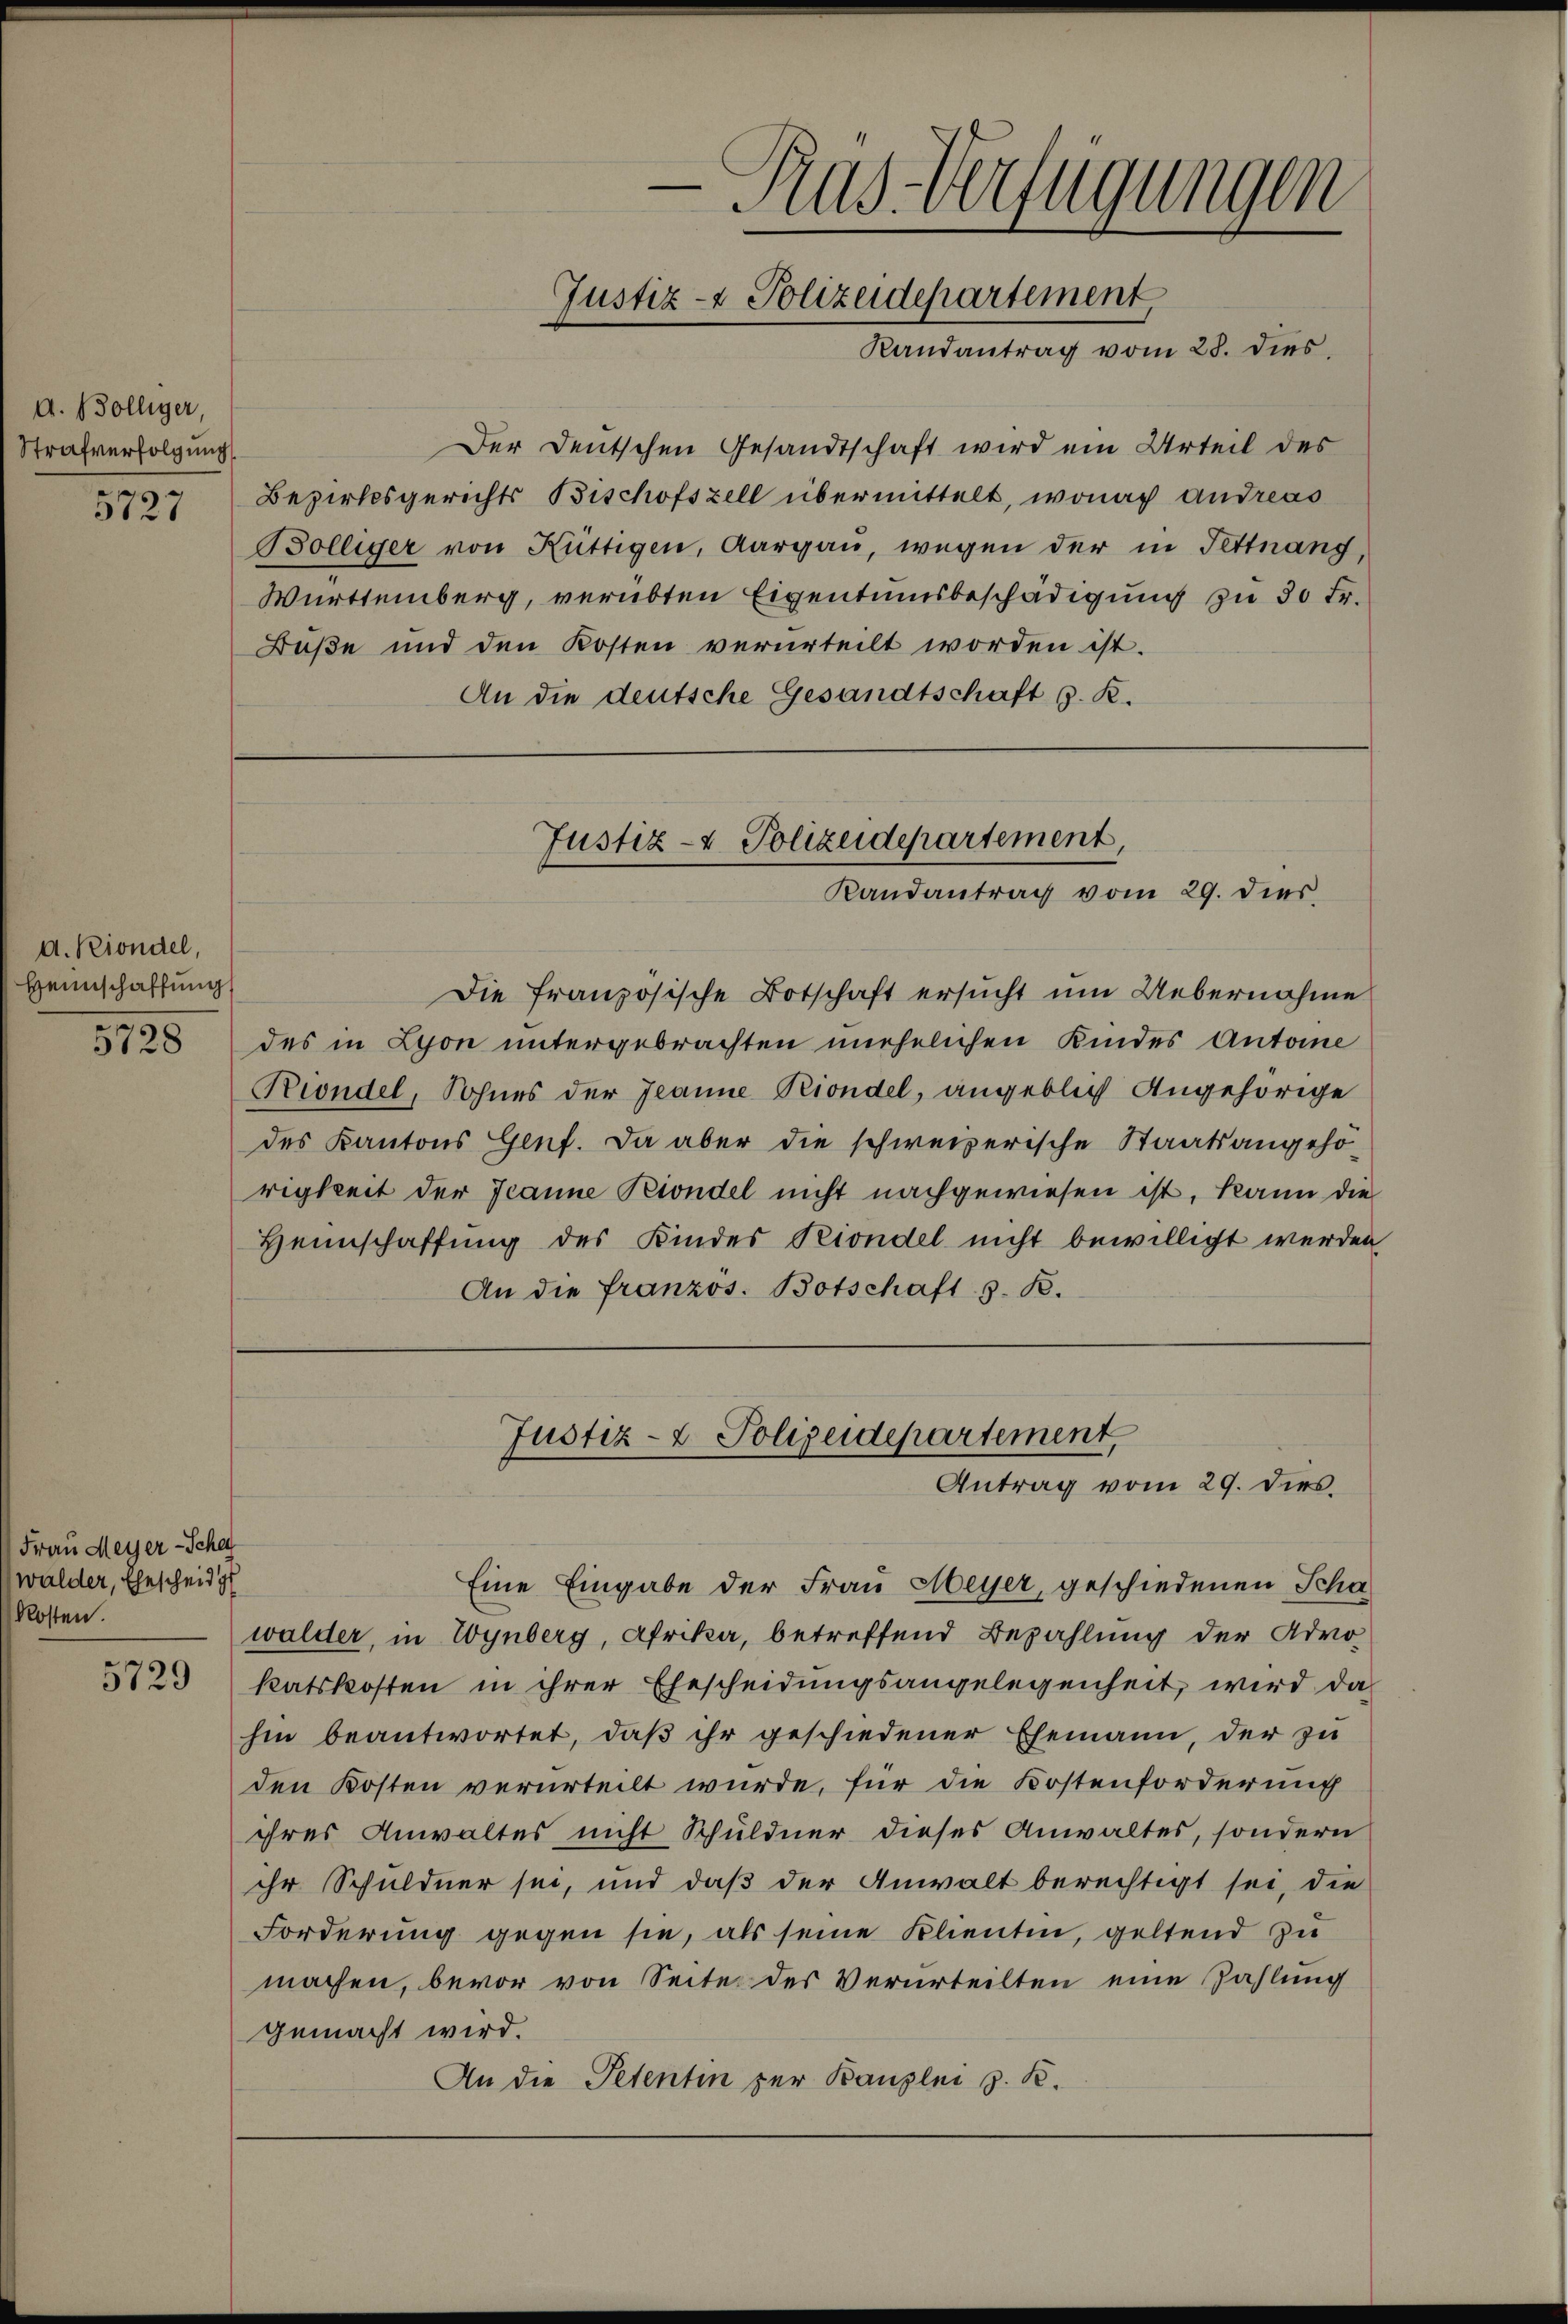
A. Bolliger,
Strafverfolgung
5727

d. Kindel,
Heimschaffung
5728

Frau Meyer-Sche
walder, Ehescheid g
Kosten.

5729

Der Deutschen Gesandtschaft wird ein Urteil des
Bezirksgerichts Bischofszell übermittelt, wonach andreas
Bölliger von Rüttigen, Aargau, wegen der in Fettnang,
Württemberg, verübten Eigentumsbeschädigung zu 30 Fr.
Buße und den Kosten verurteilt worden ist.
An die deutsche Gesandtschaft s. R.

e
Ras-Verfügungen
Justiz- & Polizeidepartement
Randantrag vom 28. dies

Justiz- & Polizeidepartement,
Randantrag vom 29. dies

Justiz- & Polizeidepartement,
Antrag vom 29. dies.

Die französische Botschaft ersucht um Uebernahme
des in Lyon untergebrachten unehelichen Kindes Antone
Riondel, Sohnes der Jeanne Riondel, angeblich Angehörige
des Kantons Genf. Da aber die schweizerische Staatsangehö-
rigkeit der Jeanne Kindel nicht nachgewiesen ist, kann die
Heimschaffung des Kindes Piondel nicht bewilligt werden
An die franzos. Botschaft z. B.

Eine Eingabe der Frau Meyer, geschiedenen Schawalder, in Wynberg, Afrika, betreffend Bezahlung der Advo
katskosten in ihrer Ehescheidungsangelegenheit, wird da
hin beantwortet, daß ihr geschiedener Ehemann, der zu
den Kosten verurteilt wurde, für die Kostenforderung
ihres Anwaltes nicht Schuldner dieses Anwaltes, sondern
ihr Schuldner sei, und daß der Anwalt berechtigt sei, die
Forderung gegen sie, als seine Klienten, geltend zu
machen, bevor von Seite des Verurteilten eine Zahlung
gemacht wird.
An die Petentin zur Banzlei z. B.